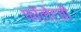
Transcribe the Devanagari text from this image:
फॉलेटची